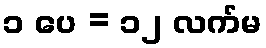
၁ ပေ = ၁၂ လက်မ